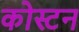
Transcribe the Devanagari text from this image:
कोस्टन